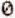
0